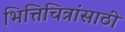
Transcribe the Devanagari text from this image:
भित्तिचित्रांसाठी